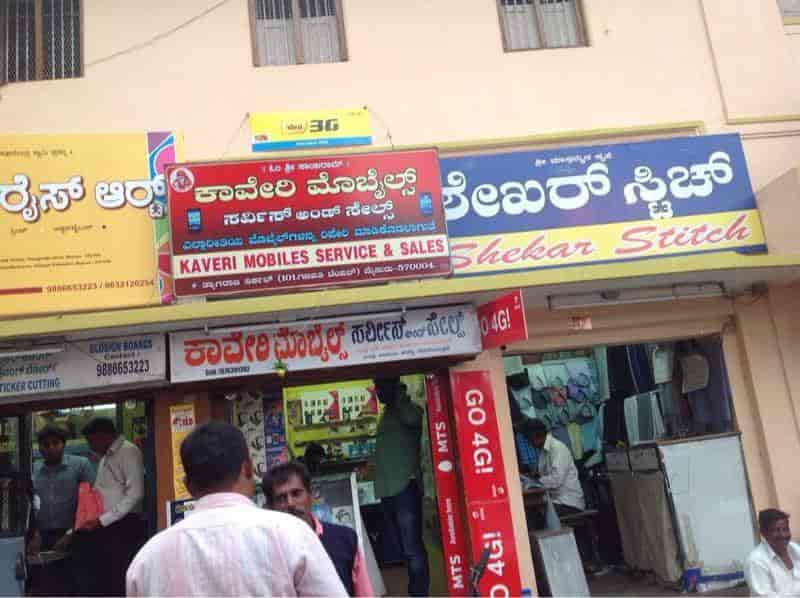
Language: kannada
Transcription: ಆರ್ಟ್ ಮೊಬೈಲ್ಸ್ ಸರ್ವಿಸ್ ಕಾವೇರಿ ಕಾವೇರಿಮೊಬೈಲ್ಸ್ ಸ್ಟಿಚ್ ರೈಸ್